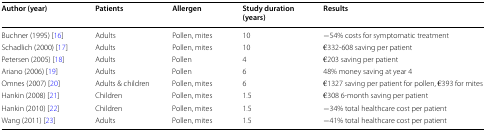
| Author (year) | Patients | Allergen | Study duration (years) | Results |
 | --- | --- | --- | --- | --- |
 | Buchner (1995) [16] | Adults | Pollen, mites | 10 | −54% costs for symptomatic treatment |
 | Schadlich (2000) [17] | Adults | Pollen, mites | 10 | €332-608 saving per patient |
 | Petersen (2005) [18] | Adults | Pollen | 4 | €203 saving per patient |
 | Ariano (2006) [19] | Adults | Pollen | 6 | 48% money saving at year 4 |
 | Omnes (2007) [20] | Adults & children | Pollen, mites | 6 | €1327 saving per patient for pollen, €393 for mites |
 | Hankin (2008) [21] | Children | Pollen, mites | 1.5 | €308 6-month saving per patient |
 | Hankin (2010) [22] | Children | Pollen, mites | 1.5 | −34% total healthcare cost per patient |
 | Wang (2011) [23] | Adults | Pollen, mites | 1.5 | −41% total healthcare cost per patient |